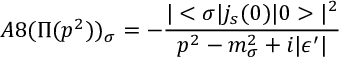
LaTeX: A 8 ( \Pi ( p ^ { 2 } ) ) _ { \sigma } = - \frac { | < \sigma | j _ { s } ( 0 ) | 0 > | ^ { 2 } } { p ^ { 2 } - m _ { \sigma } ^ { 2 } + i | \epsilon ^ { \prime } | }